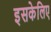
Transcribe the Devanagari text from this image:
इसकेलिए